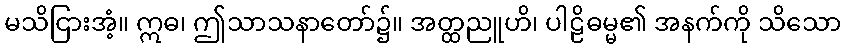
မသိငြားအံ့။ ဣဓ၊ ဤသာသနာတော်၌။ အတ္ထညူဟိ၊ ပါဠိဓမ္မ၏ အနက်ကို သိသော